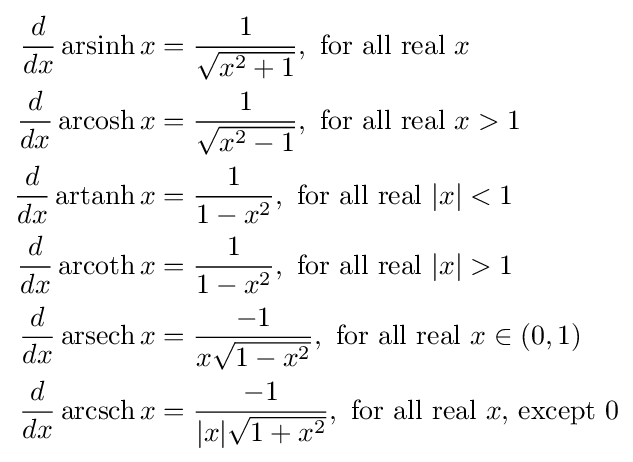
{\begin{aligned}{\frac {d}{dx}}\operatorname {arsinh} x&{}={\frac {1}{\sqrt {x^{2}+1}}},{\text{ for all real }}x\\{\frac {d}{dx}}\operatorname {arcosh} x&{}={\frac {1}{\sqrt {x^{2}-1}}},{\text{ for all real }}x>1\\{\frac {d}{dx}}\operatorname {artanh} x&{}={\frac {1}{1-x^{2}}},{\text{ for all real }}|x|<1\\{\frac {d}{dx}}\operatorname {arcoth} x&{}={\frac {1}{1-x^{2}}},{\text{ for all real }}|x|>1\\{\frac {d}{dx}}\operatorname {arsech} x&{}={\frac {-1}{x{\sqrt {1-x^{2}}}}},{\text{ for all real }}x\in (0,1)\\{\frac {d}{dx}}\operatorname {arcsch} x&{}={\frac {-1}{|x|{\sqrt {1+x^{2}}}}},{\text{ for all real }}x{\text{, except }}0\\\end{aligned}}